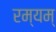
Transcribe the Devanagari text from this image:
रम्यम्